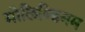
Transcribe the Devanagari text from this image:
मोलिब्डिनम